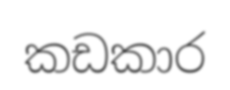
කඩකාර